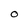
Character: O